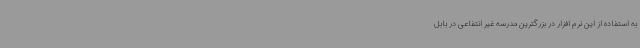
به استفاده از این نرم افزار در بزرگترین مدرسه غیر انتفاعی در بابل